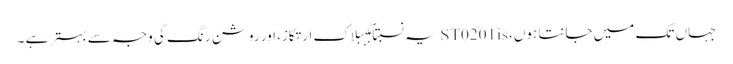
جہاں تک میں جانتا ہوں، ST0201is یہ نسبتاً ہگہبلاک ارتکاز، اور روشن رنگ کی وجہ سے بہتر ہے ۔